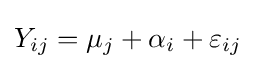
Y_{ij}=\mu _{j}+\alpha _{i}+\varepsilon _{ij}